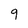
Character: q